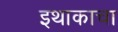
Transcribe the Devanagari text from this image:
इथाकाचा